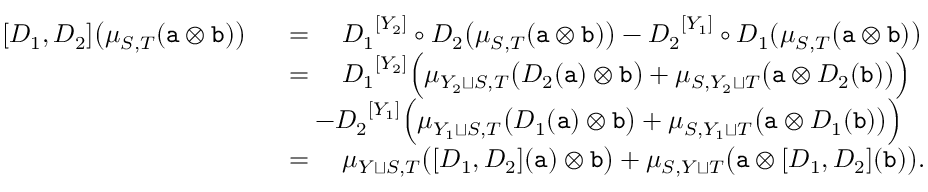
\begin{array} { r l } { [ D _ { 1 } , D _ { 2 } ] \big ( \mu _ { S , T } ( \mathtt { a } \otimes \mathtt { b } ) \big ) \ \ } & { = \ \ \ { D _ { 1 } } ^ { [ Y _ { 2 } ] } \circ { D _ { 2 } } \big ( \mu _ { S , T } ( \mathtt { a } \otimes \mathtt { b } ) \big ) - { D _ { 2 } } ^ { [ Y _ { 1 } ] } \circ { D _ { 1 } } ( \mu _ { S , T } \big ( \mathtt { a } \otimes \mathtt { b } ) \big ) } \\ & { = \ \ \ { D _ { 1 } } ^ { [ Y _ { 2 } ] } \Big ( \mu _ { Y _ { 2 } \sqcup S , T } \big ( { D _ { 2 } } ( \mathtt { a } ) \otimes \mathtt { b } \big ) + \mu _ { S , Y _ { 2 } \sqcup T } \big ( \mathtt { a } \otimes { D _ { 2 } } ( \mathtt { b } ) \big ) \Big ) } \\ & { \ \ \ - { D _ { 2 } } ^ { [ Y _ { 1 } ] } \Big ( \mu _ { Y _ { 1 } \sqcup S , T } \big ( { D _ { 1 } } ( \mathtt { a } ) \otimes \mathtt { b } \big ) + \mu _ { S , Y _ { 1 } \sqcup T } \big ( \mathtt { a } \otimes { D _ { 1 } } ( \mathtt { b } ) \big ) \Big ) } \\ & { = \ \ \ \mu _ { Y \sqcup S , T } \big ( [ D _ { 1 } , D _ { 2 } ] ( \mathtt { a } ) \otimes \mathtt { b } \big ) + \mu _ { S , Y \sqcup T } \big ( \mathtt { a } \otimes [ D _ { 1 } , D _ { 2 } ] ( \mathtt { b } ) \big ) . } \end{array}